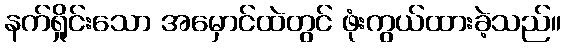
နက်ရှိုင်းသော အမှောင်ထဲတွင် ဖုံးကွယ်ထားခဲ့သည်။